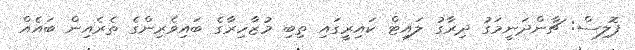
ޕޮލިސް: ޗާންދަނީމަގު ދިރާގު ލައިޓް ކައިރީގައި ތިބި މުޒާހިރާގެ ބައިވެރިންގެ ތެރެއިން ބައެއް